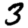
Digit: 3